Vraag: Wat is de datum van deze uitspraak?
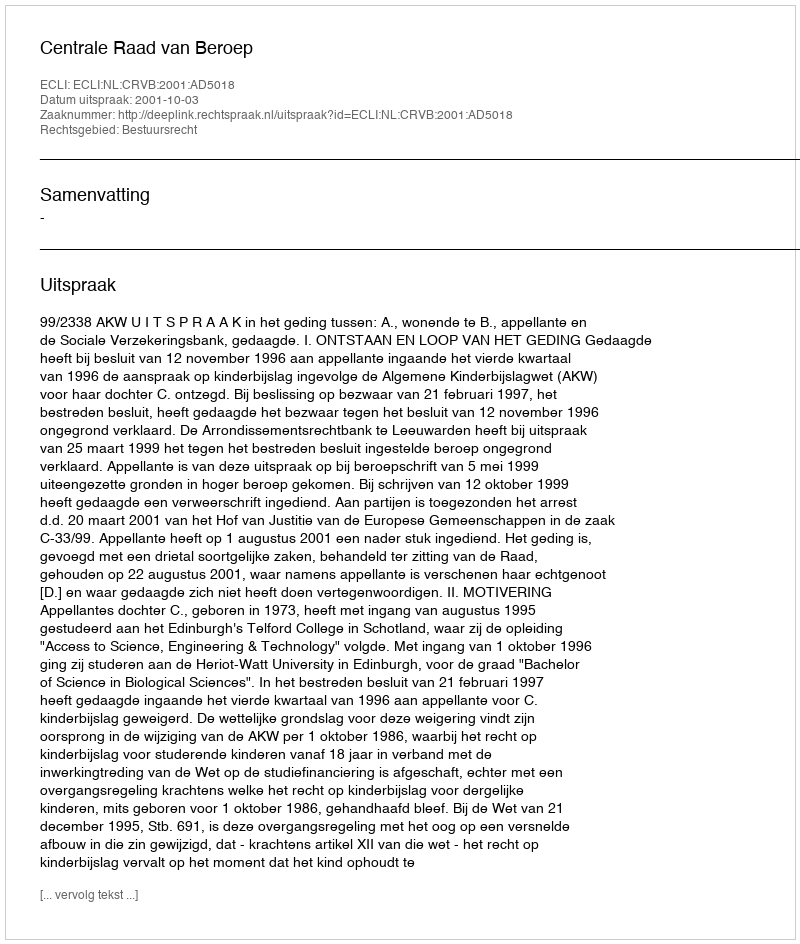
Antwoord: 2001-10-03